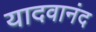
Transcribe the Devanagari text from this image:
यादवानंद